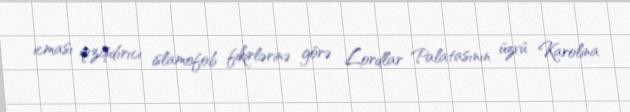
icması qızışdırıcı islamofob fikirlərinə görə Lordlar Palatasının üzvü Karolina